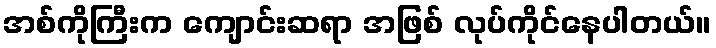
အစ်ကိုကြီးက ကျောင်းဆရာ အဖြစ် လုပ်ကိုင်နေပါတယ်။